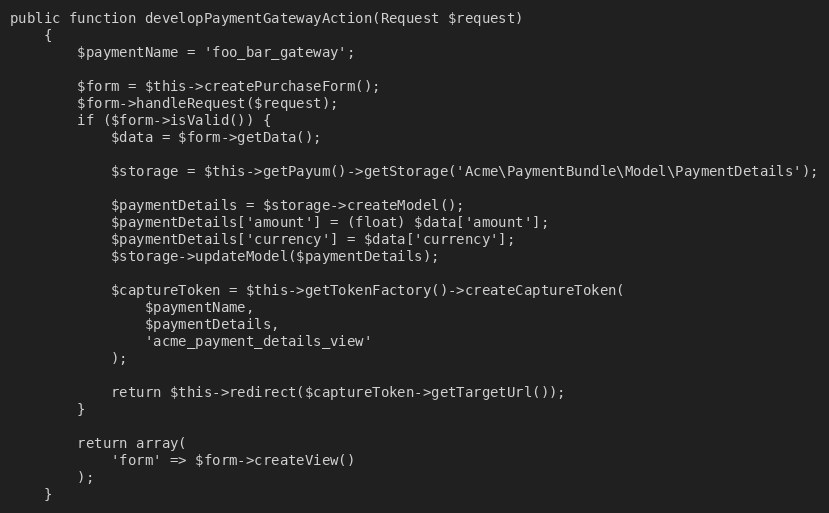
Language: PHP
public function developPaymentGatewayAction(Request $request)
    {
        $paymentName = 'foo_bar_gateway';

        $form = $this->createPurchaseForm();
        $form->handleRequest($request);
        if ($form->isValid()) {
            $data = $form->getData();

            $storage = $this->getPayum()->getStorage('Acme\PaymentBundle\Model\PaymentDetails');

            $paymentDetails = $storage->createModel();
            $paymentDetails['amount'] = (float) $data['amount'];
            $paymentDetails['currency'] = $data['currency'];
            $storage->updateModel($paymentDetails);

            $captureToken = $this->getTokenFactory()->createCaptureToken(
                $paymentName,
                $paymentDetails,
                'acme_payment_details_view'
            );

            return $this->redirect($captureToken->getTargetUrl());
        }

        return array(
            'form' => $form->createView()
        );
    }